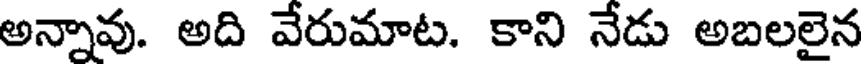
అన్నావు. అది వేరుమాట. కాని నేడు అబలలైన